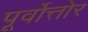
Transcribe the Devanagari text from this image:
पूर्वोत्तोर